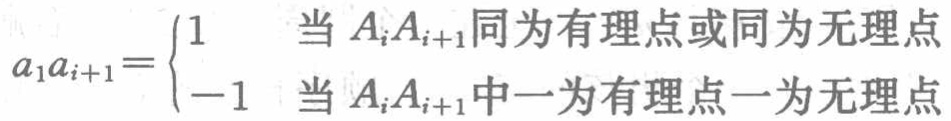
\[a_{1}a_{i + 1} =

\begin{cases}

1 & \text{当 } A_{i}A_{i + 1} \text{ 同为有理点或同为无理点} \\

-1 & \text{当 } A_{i}A_{i + 1} \text{ 中一为有理点一为无理点}

\end{cases}\]